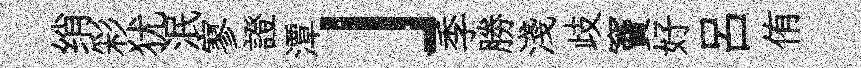
绡彩犹泯寥證潭」季勝淺歧竇好吕侑